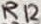
Text: R12